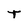
Character: t